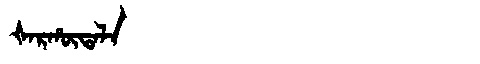
Manchu: ᡧᠠᡵᡥᡡᡨᠠᠯᠠ
Romanization: ŠARHŪTALA